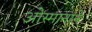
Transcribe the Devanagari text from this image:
ओस्मानाने